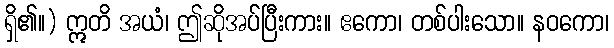
ရှိ၏။) ဣတိ အယံ၊ ဤဆိုအပ်ပြီးကား။ ဧကော၊ တစ်ပါးသော။ နဝကော၊